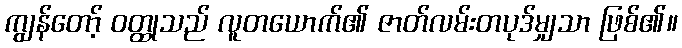
ကျွန်တော့် ဝတ္ထုသည် လူတယောက်၏ ဇာတ်လမ်းတပုဒ်မျှသာ ဖြစ်၏။